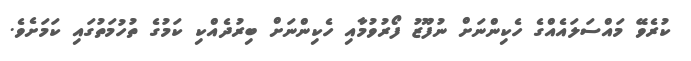
ކުރެވޭ މައްސަލައެއްގެ ހެކިންނަށް ނުފޫޒު ފޯރުވުމާއި ހެކިންނަށް ބިރުދެއްކި ކަމުގެ ތުހުމަތުގައި ކަމަށެވެ.